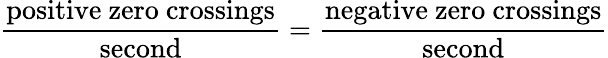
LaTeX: {\frac{\mathrm{positive\ zero\ crossings}}{\mathrm{second}}}={\frac{\mathrm{negative\ zero\ crossings}}{\mathrm{second}}}